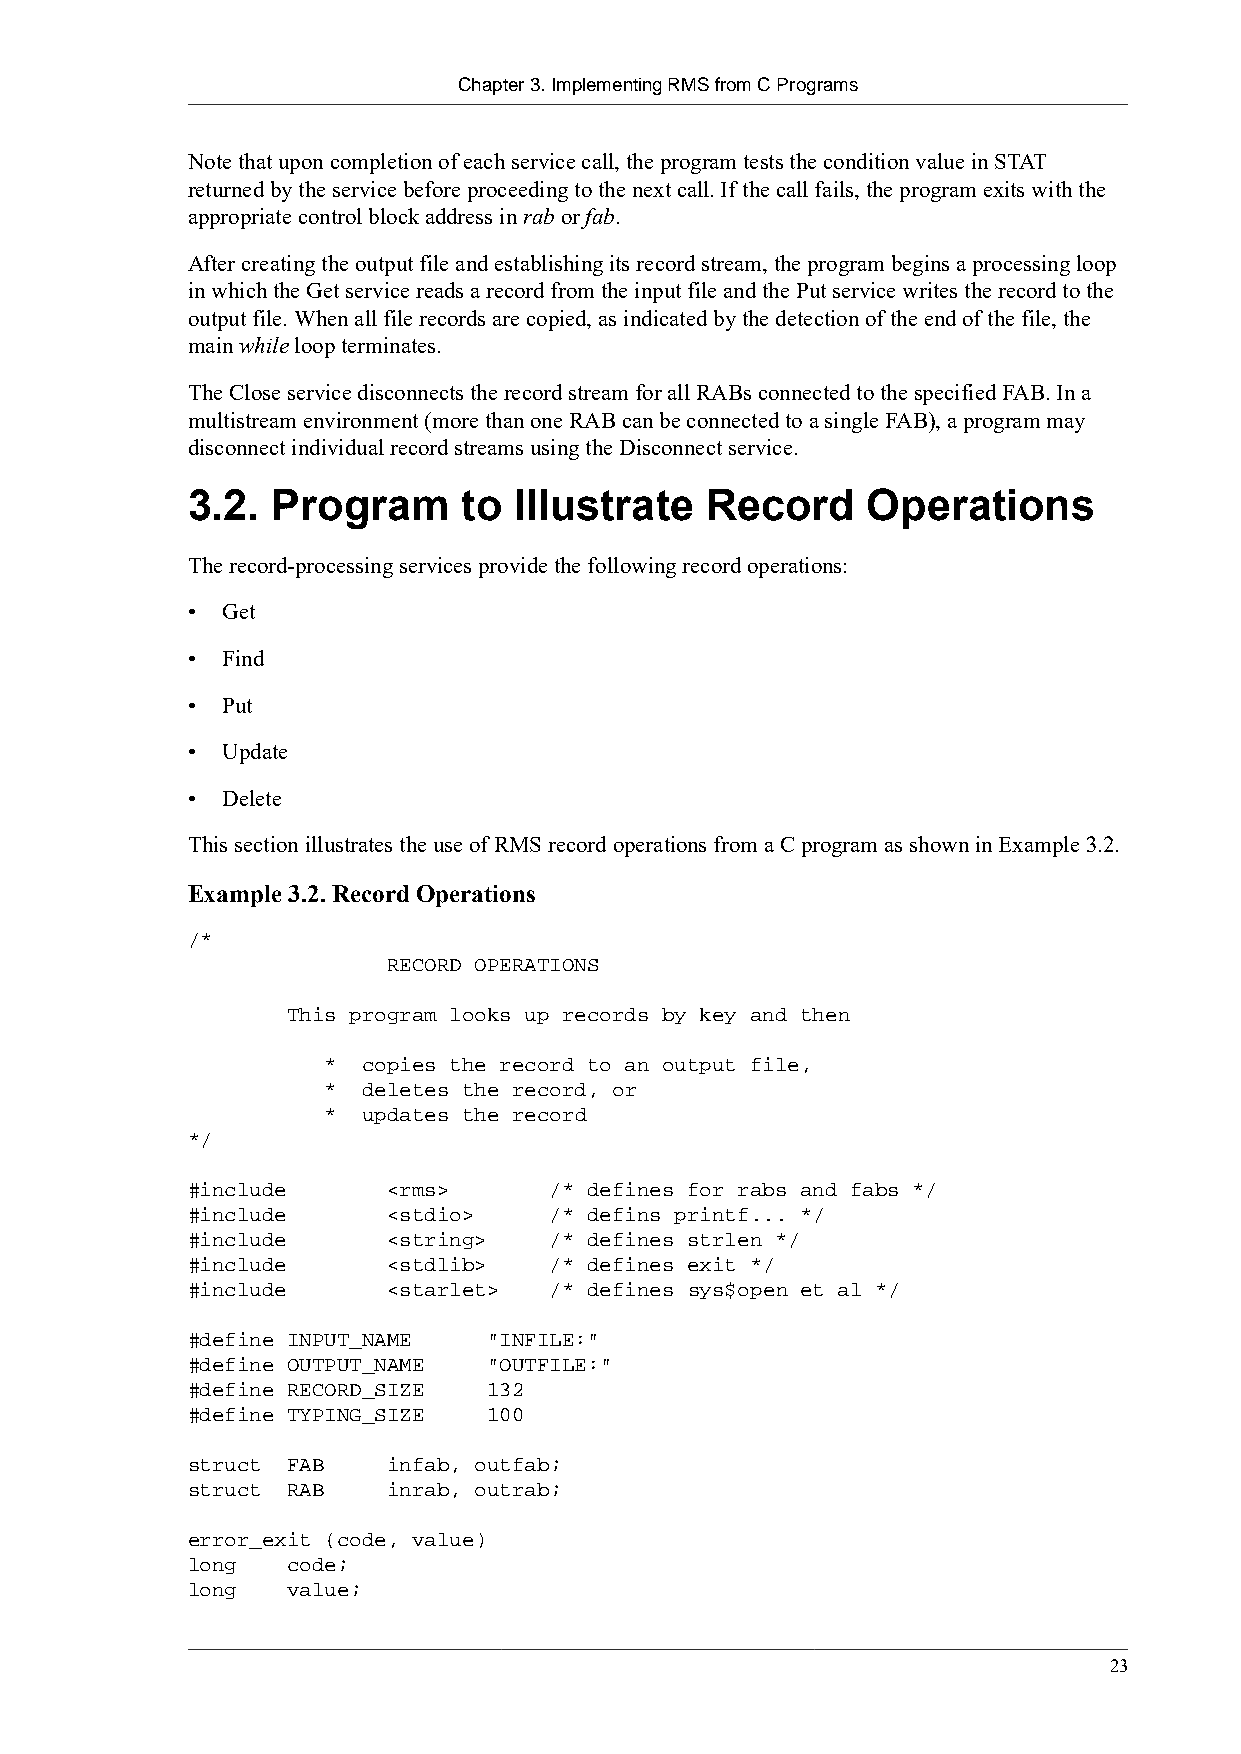
Chapter 3. Implementing RMS from C Programs
 Note that upon completion of each service call, the program tests the condition value in STAT
 returned by the service before proceeding to the next call. If the call fails, the program exits with the
 appropriate control block address in rab or fab.
 After creating the output file and establishing its record stream, the program begins a processing loop
 in which the Get service reads a record from the input file and the Put service writes the record to the
 output file. When all file records are copied, as indicated by the detection of the end of the file, the
 main while loop terminates.
 The Close service disconnects the record stream for all RABs connected to the specified FAB. In a
 multistream environment (more than one RAB can be connected to a single FAB), a program may
 disconnect individual record streams using the Disconnect service.
 3.2.  Program      to Illustrate   Record    Operations
 The record-processing services provide the following record operations:
 •  Get
 •  Find
 •  Put
 •  Update
 •  Delete
 This section illustrates the use of RMS record operations from a C program as shown in Example 3.2.
 Example 3.2. Record Operations
 /*
 RECORD OPERATIONS
 This program looks up records by key and then
 * copies the record to an output file,
 * deletes the record, or
 * updates the record
 */
 #include      <rms>     /* defines for rabs and fabs */
 #include      <stdio>   /* defins printf... */
 #include      <string>  /* defines strlen */
 #include      <stdlib>  /* defines exit */
 #include      <starlet> /* defines sys$open et al */
 #define INPUT_NAME  "INFILE:"
 #define OUTPUT_NAME "OUTFILE:"
 #define RECORD_SIZE 132
 #define TYPING_SIZE 100
 struct FAB    infab, outfab;
 struct RAB    inrab, outrab;
 error_exit (code, value)
 long   code;
 long   value;
 23